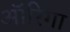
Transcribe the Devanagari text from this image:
ऑरिगा